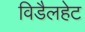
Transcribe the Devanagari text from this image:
विडैलहेट